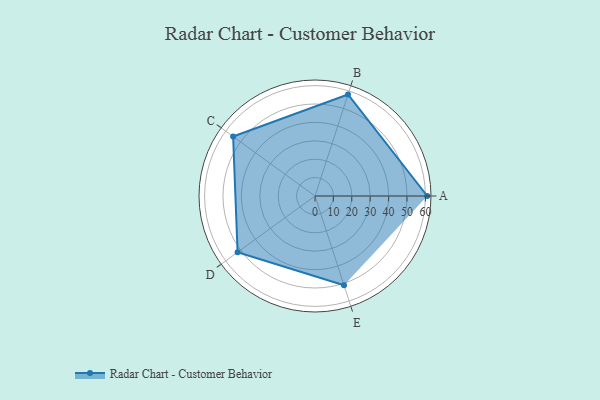
{"axis": {"x": "Skill", "y": "Score"}, "legend": ["Profile"], "data": [{"x": "A", "y": 61.0, "type": "Profile"}, {"x": "B", "y": 58.0, "type": "Profile"}, {"x": "C", "y": 55.0, "type": "Profile"}, {"x": "D", "y": 52.0, "type": "Profile"}, {"x": "E", "y": 51.0, "type": "Profile"}]}